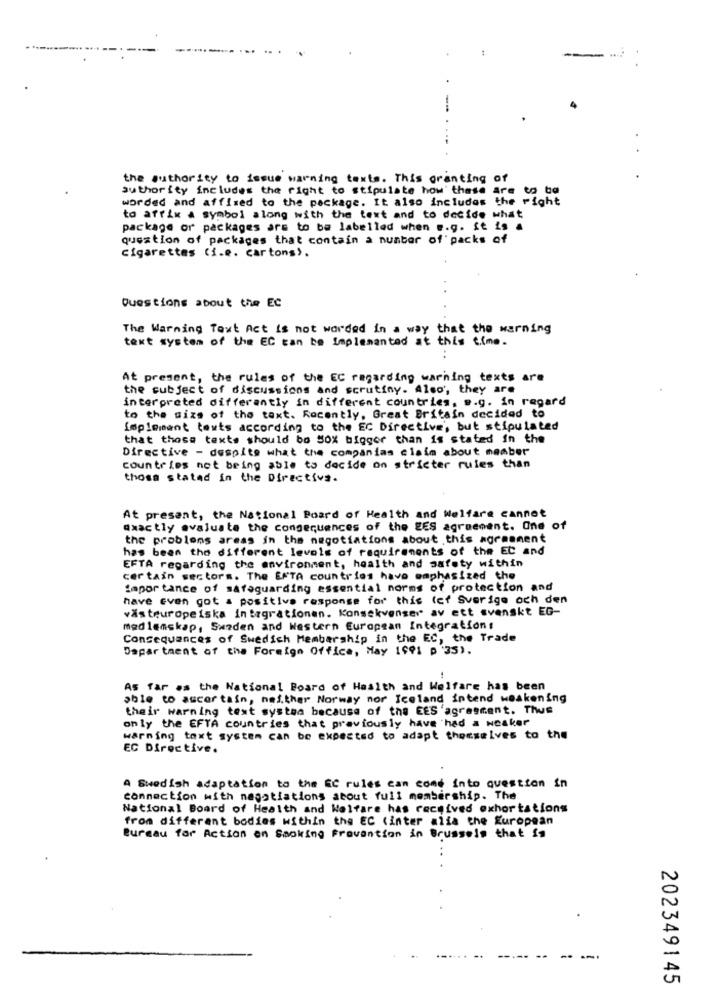
---
the authority to issue warning texts. This granting of
authority includes the right to stipulate how these are to be
worded and affised to the package. It also includes the right
to afrik a symbol along with the text and to decide what
package or packages ars to be labelled when e.g. It is a
question of packages that contain a number of packs of
Cigarettes (i.e. cartons).
Questions about the EC
The Warning Text Act is not worded in a way that the warning
text system of the EC can be Implemented at this time.
At present, the rules of the EC regarding warning texts are
the subject of discussions and scrutiny. Also', they are
interpreted differently in different countries, e.g. in regard
to the size of the taxt. Recently, Great Britain decided to
Implement texts according to the EC Directive', but stipulated
that those texts should bo SOX bigger than is stated in the
Directive - despite what the companias claim about member
countries net being able to decide on stricter rules than
those stated in the Directive.
At present, the National Board of Health and Welfare cannot
exactly evaluate the congequences of the EES agreement. One of
the problems areas in the negotiations about this agreement
has been the different levels of requirements of the EC and
EFTA regarding the environment, health and safety within
certain sectors. The EFTA countries have emphasized the
importance of safeguarding essential norms of protection and
have even got a positive response for this (ef Sverige och den
västeuropeiska integrationen. Konsekvenser av ett svenskt EG-
medlemskap, Sazden and Western European Integration:
Consequences of Swedich Membership in the EC, the Trade
Dapar taent of the Foreign Office, May 1991 p'35).
-
As far as the National Board of Health and Welfare has been
able to ascertain, neither Norway mor Iceland intend weakening
their warning text systea because of the EES agreement. Thus
only the EFTA countries that previously have had a weaker
warning toxt system can be expected to adapt themselves to the
EC Directive.
A Swedish adaptation to the EC rules can come into question in
connection with negotiations atout full membership. The
National Board of Health and Welfare has received exhortations
from different bodies within the EC (inter alia the European
Bureau for Action en Smoking Pravention in Brussels that is
202349145